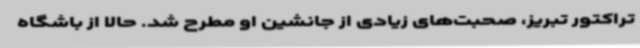
تراکتور تبریز، صحبت‌های زیادی از جانشین او مطرح شد. حالا از باشگاه